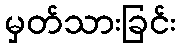
မှတ်သားခြင်း